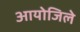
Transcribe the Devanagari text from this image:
आयोजिले